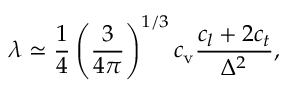
\lambda \simeq \frac { 1 } { 4 } \left( \frac { 3 } { 4 \pi } \right) ^ { 1 / 3 } c _ { \mathrm { v } } \frac { c _ { l } + 2 c _ { t } } { \Delta ^ { 2 } } ,